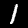
Digit: 1